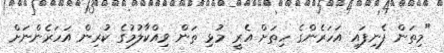
"މިތަން ފެނިފައި އަހަރެންގެ ހިތަށް އެރީ މުޅި ތަން ވިއްކާލުމުގެ ކުރިން އަހަރެންނަށް